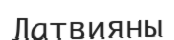
Латвияны